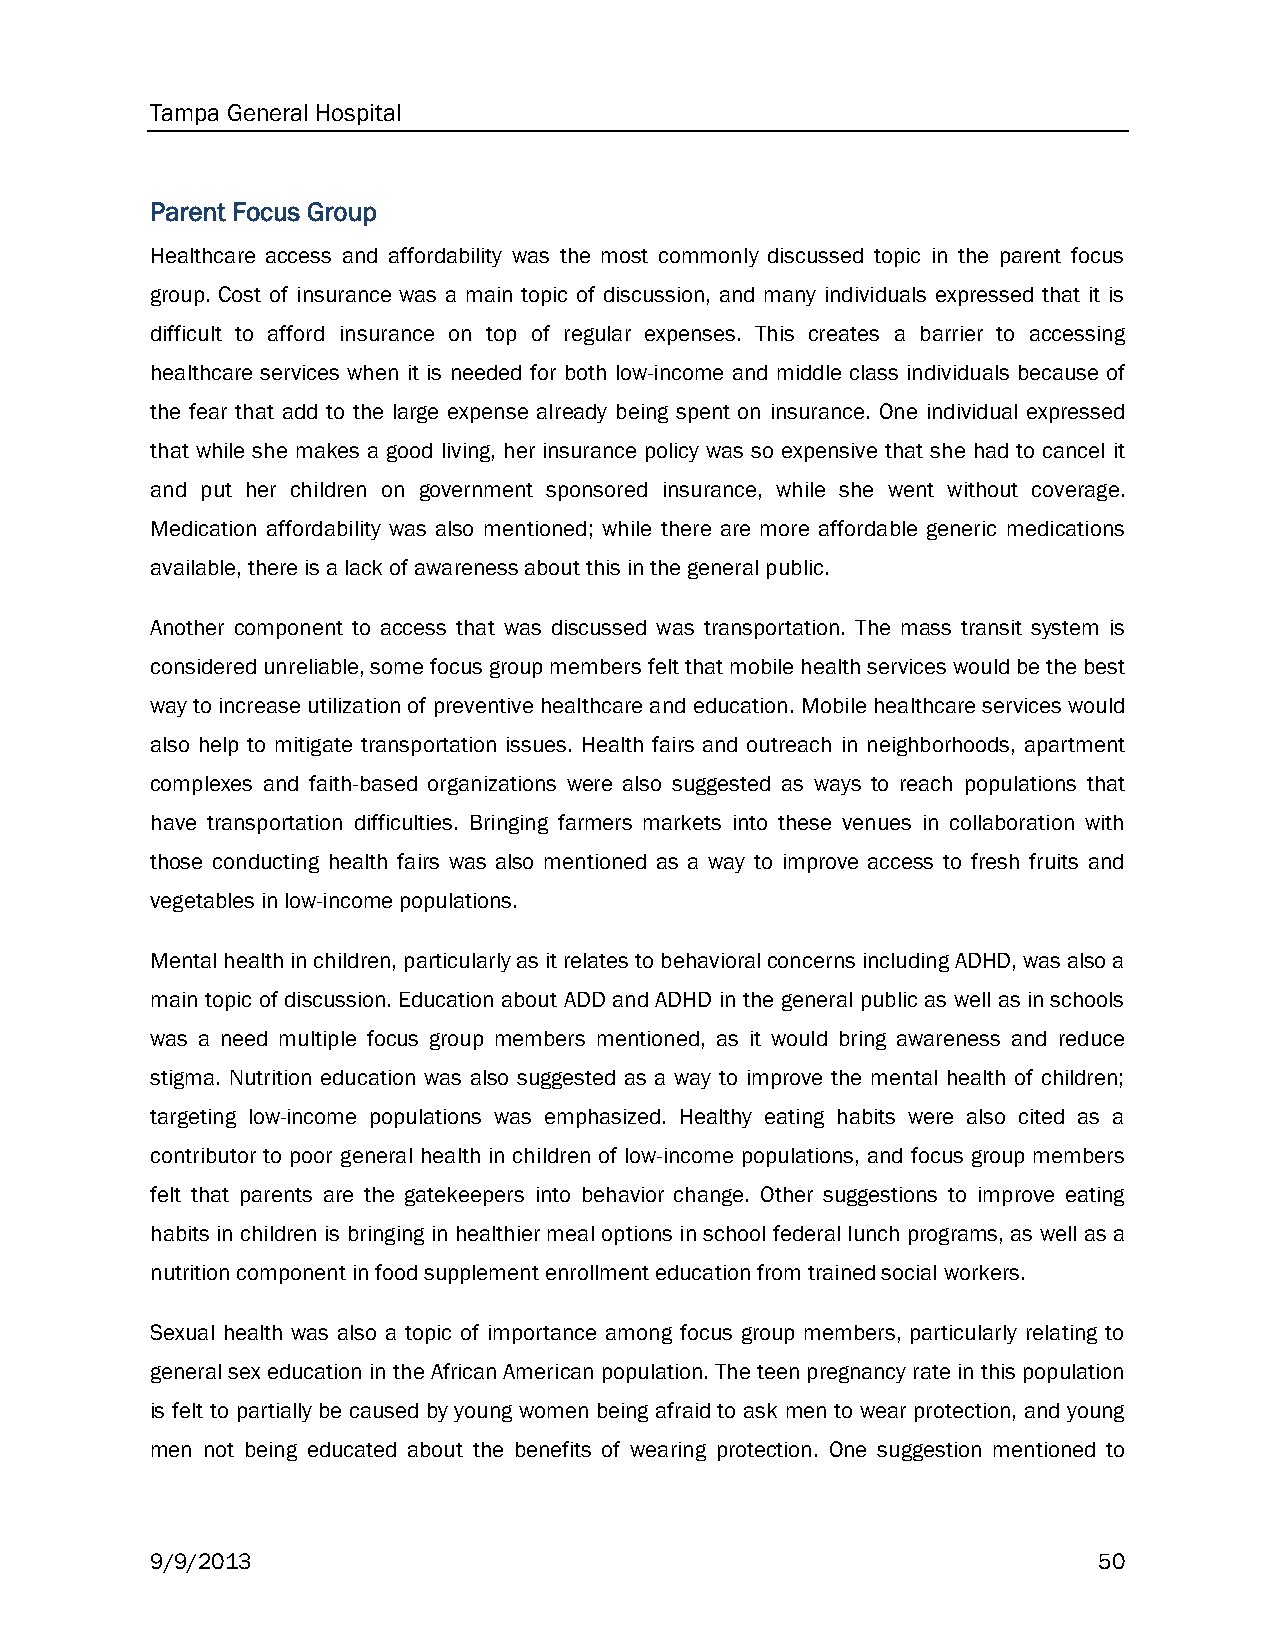
Tampa General Hospital
 Parent Focus Group
 Healthcare access and affordability was the most commonly discussed topic in the parent focus
 group. Cost of insurance was a main topic of discussion, and many individuals expressed that it is
 difficult to afford insurance on top of regular expenses. This creates a barrier to accessing
 healthcare services when it is needed for both low-income and middle class individuals because of
 the fear that add to the large expense already being spent on insurance. One individual expressed
 that while she makes a good living, her insurance policy was so expensive that she had to cancel it
 and put her children on government sponsored insurance, while she went without coverage.
 Medication affordability was also mentioned; while there are more affordable generic medications
 available, there is a lack of awareness about this in the general public.
 Another component to access that was discussed was transportation. The mass transit system is
 considered unreliable, some focus group members felt that mobile health services would be the best
 way to increase utilization of preventive healthcare and education. Mobile healthcare services would
 also help to mitigate transportation issues. Health fairs and outreach in neighborhoods, apartment
 complexes and faith-based organizations were also suggested as ways to reach populations that
 have transportation difficulties. Bringing farmers markets into these venues in collaboration with
 those conducting health fairs was also mentioned as a way to improve access to fresh fruits and
 vegetables in low-income populations.
 Mental health in children, particularly as it relates to behavioral concerns including ADHD, was also a
 main topic of discussion. Education about ADD and ADHD in the general public as well as in schools
 was a need multiple focus group members mentioned, as it would bring awareness and reduce
 stigma. Nutrition education was also suggested as a way to improve the mental health of children;
 targeting low-income populations was emphasized. Healthy eating habits were also cited as a
 contributor to poor general health in children of low-income populations, and focus group members
 felt that parents are the gatekeepers into behavior change. Other suggestions to improve eating
 habits in children is bringing in healthier meal options in school federal lunch programs, as well as a
 nutrition component in food supplement enrollment education from trained social workers.
 Sexual health was also a topic of importance among focus group members, particularly relating to
 general sex education in the African American population. The teen pregnancy rate in this population
 is felt to partially be caused by young women being afraid to ask men to wear protection, and young
 men not being educated about the benefits of wearing protection. One suggestion mentioned to
 9/9/2013                                                       50